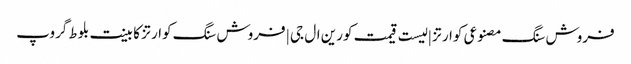
فروش سنگ مصنوعی کوارتز | لیست قیمت کورین ال جی | فروش سنگ کوارتز کابینت بلوط گروپ